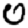
Digit: 0